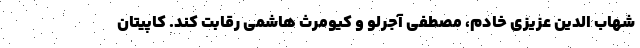
شهاب الدین عزیزی خادم، مصطفی آجرلو و کیومرث هاشمی رقابت کند. کاپیتان